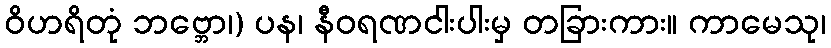
ဝိဟရိတုံ ဘဗ္ဘော၊) ပန၊ နီဝရဏငါးပါးမှ တခြားကား။ ကာမေသု၊